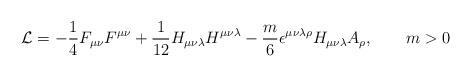
LaTeX: \begin{align*}{\cal L} = -\frac{1}{4}F_{\mu \nu}F^{\mu \nu} + \frac{1}{12}H_{\mu \nu \lambda}H^{\mu \nu \lambda} - \frac{m}{6}\epsilon^{\mu \nu \lambda \rho} H_{\mu \nu \lambda} A_{\rho}, ~~~~~~m > 0\end{align*}